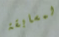
لمسابقة